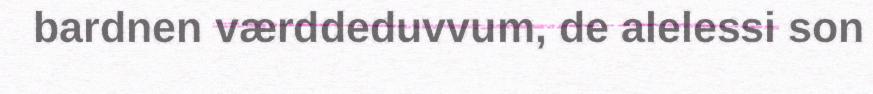
bardnen værddeduvvum, de alelessi son